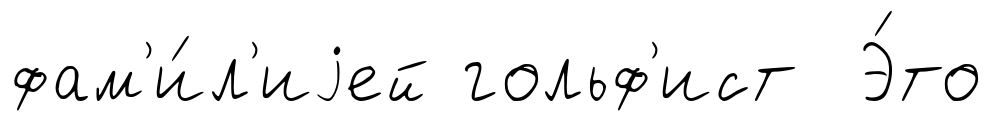
фам'и́л'иjей гольф'ист Э́то